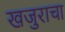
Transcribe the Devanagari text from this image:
खजुराचा